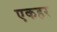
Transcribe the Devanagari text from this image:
एकहर